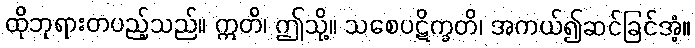
ထိုဘုရားတပည့်သည်။ ဣတိ၊ ဤသို့။ သစေပဋိက္ခတိ၊ အကယ်၍ဆင်ခြင်အံ့။